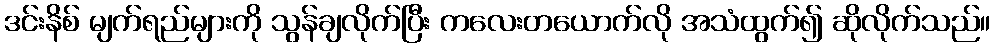
ဒင်းနိစ် မျက်ရည်များကို သွန်ချလိုက်ပြီး ကလေးတယောက်လို အသံထွက်၍ ဆိုလိုက်သည်။